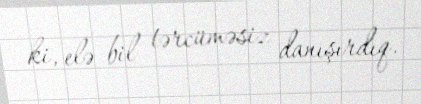
ki, elə bil tərcüməsiz danışırdıq.